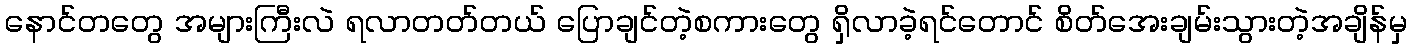
နောင်တတွေ အများကြီးလဲ ရလာတတ်တယ် ပြောချင်တဲ့စကားတွေ ရှိလာခဲ့ရင်တောင် စိတ်အေးချမ်းသွားတဲ့အချိန်မှ